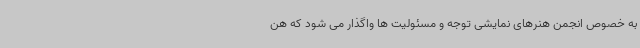
به خصوص انجمن هنرهای نمایشی توجه و مسئولیت ها واگذار می شود که هن